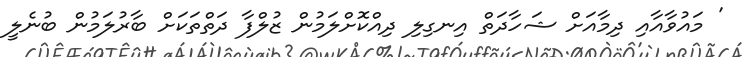
' މައުވާއާއި ދިމާއަށް ޝަހާދަތް އިނގިލި ދިއްކޮށްލަމުން ޒުލްފާ ދަތްތަކަށް ބާރުލަމުން ބުނެލީ